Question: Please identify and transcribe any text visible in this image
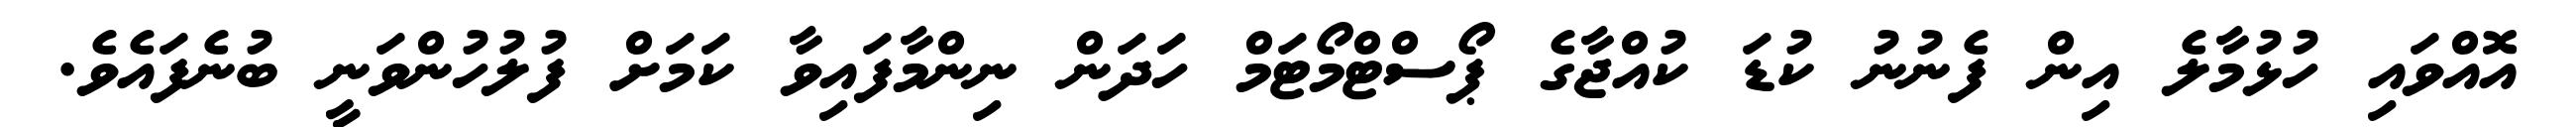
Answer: އޮއްވައި ހުޅުމާލެ އިން ފެނުނު ކުޑަ ކުއްޖާގެ ޕޯސްޓްމޯޓަމް ހަދަން ނިންމާފައިވާ ކަމަށް ފުލުހުންވަނީ ބުނެފައެވެ.